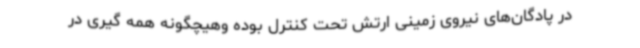
در پادگان‌های نیروی زمینی ارتش تحت کنترل بوده وهیچگونه همه گیری در